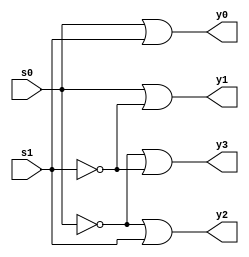
`timescale 1ns / 1ps
//////////////////////////////////////////////////////////////////////////////////
// Company: 
// Engineer: 
// 
// Design Name: 
// Module Name: 24decode
// Project Name: 
// Target Devices: 
// Tool Versions: 
// Description: 
// 
// Dependencies: 
// 
// Revision:
// Revision 0.01 - File Created
// Additional Comments:
// 
//////////////////////////////////////////////////////////////////////////////////


module decode24_low(input s0,s1,output y0,y1,y2,y3);

wire w1,w0;

not s0_bar(w0,s0);
not s1_bar(w1,s1);

or g1(y0,s0,s1);
or g2(y1,s0,w1);
or g3(y2,w0,s1);
or g4(y3,w0,w1);

endmodule